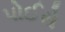
પોઈરો